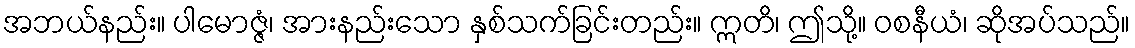
အဘယ်နည်း။ ပါမောဇ္ဇံ၊ အားနည်းသော နှစ်သက်ခြင်းတည်း။ ဣတိ၊ ဤသို့။ ဝစနီယံ၊ ဆိုအပ်သည်။